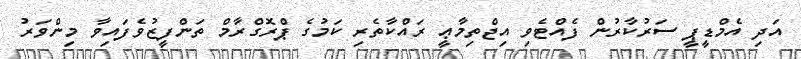
އަދި އެމްޑީޕީ ސަރުކާރުން ފެއްޓެވި އިޖްތިމާޢީ ރައްކާތެރި ކަމުގެ ޕްރޮގްރާމް ތަންފީޒުވެފައިވާ މިންވަރު